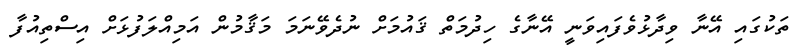
ތަކުގައި އޭނާ ވިދާޅުވެފައިވަނީ އޭނާގެ ހިދުމަތް ޤައުމަށް ނުދެވޭނަމަ މަޤާމުން އަމިއްލަފުޅަށް އިސްތިއުފާ